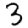
Digit: 3